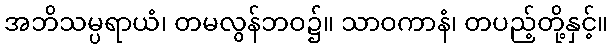
အဘိသမ္ပရာယံ၊ တမလွန်ဘဝ၌။ သာဝကာနံ၊ တပည့်တို့နှင့်။